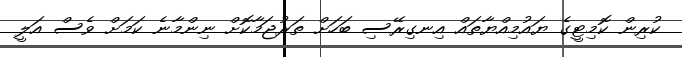
ކުރިން ކޮމިޓީގެ ޔައުމިއްޔާތައް އިނގިރޭސި ބަހަށް ތަރުޖަމާކޮށް ނިންމާނެ ކަމަށް ވެސް އަލީ